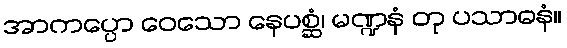
အာကပ္ပော ဝေသော နေပစ္ဆံ၊ မဏ္ဍနံ တု ပသာဓနံ။